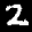
Label: 2